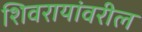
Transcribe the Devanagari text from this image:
शिवरायांवरील